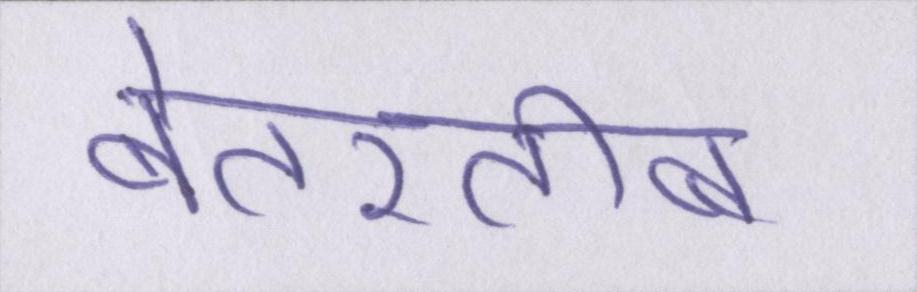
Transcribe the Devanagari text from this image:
बेतरतीब